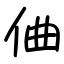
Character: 㑋